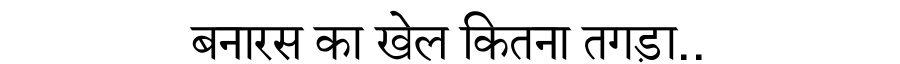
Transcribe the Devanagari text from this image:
बनारस का खेल कितना तगड़ा..